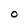
Character: O